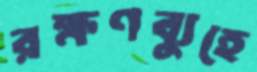
রক্ষণব্যুহে